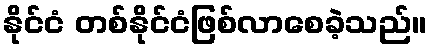
နိုင်ငံ တစ်နိုင်ငံဖြစ်လာစေခဲ့သည်။